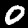
Digit: 0